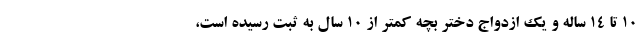
۱۰ تا ۱۴ ساله و یک ازدواج دختر بچه کمتر از ۱۰ سال به ثبت رسیده است،